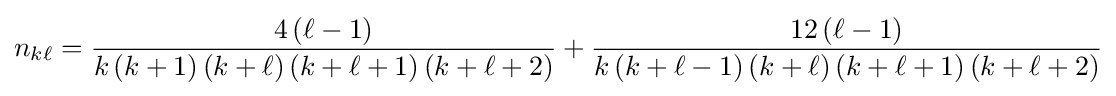
n_{k\ell }={\frac {4\left(\ell -1\right)}{k\left(k+1\right)\left(k+\ell \right)\left(k+\ell +1\right)\left(k+\ell +2\right)}}+{\frac {12\left(\ell -1\right)}{k\left(k+\ell -1\right)\left(k+\ell \right)\left(k+\ell +1\right)\left(k+\ell +2\right)}}